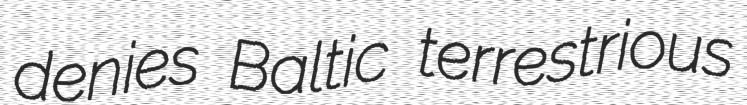
denies Baltic terrestrious